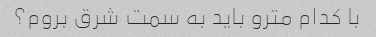
با کدام مترو باید به سمت شرق بروم؟